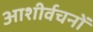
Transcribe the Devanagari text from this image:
आशीर्वचनों